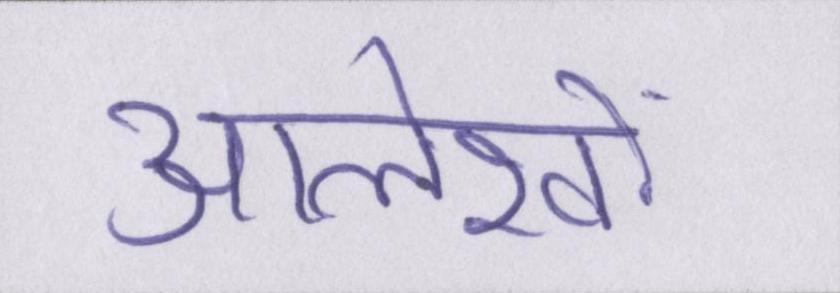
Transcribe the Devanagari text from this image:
आलेखों